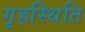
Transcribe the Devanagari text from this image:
गृहस्थिति